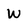
Character: W